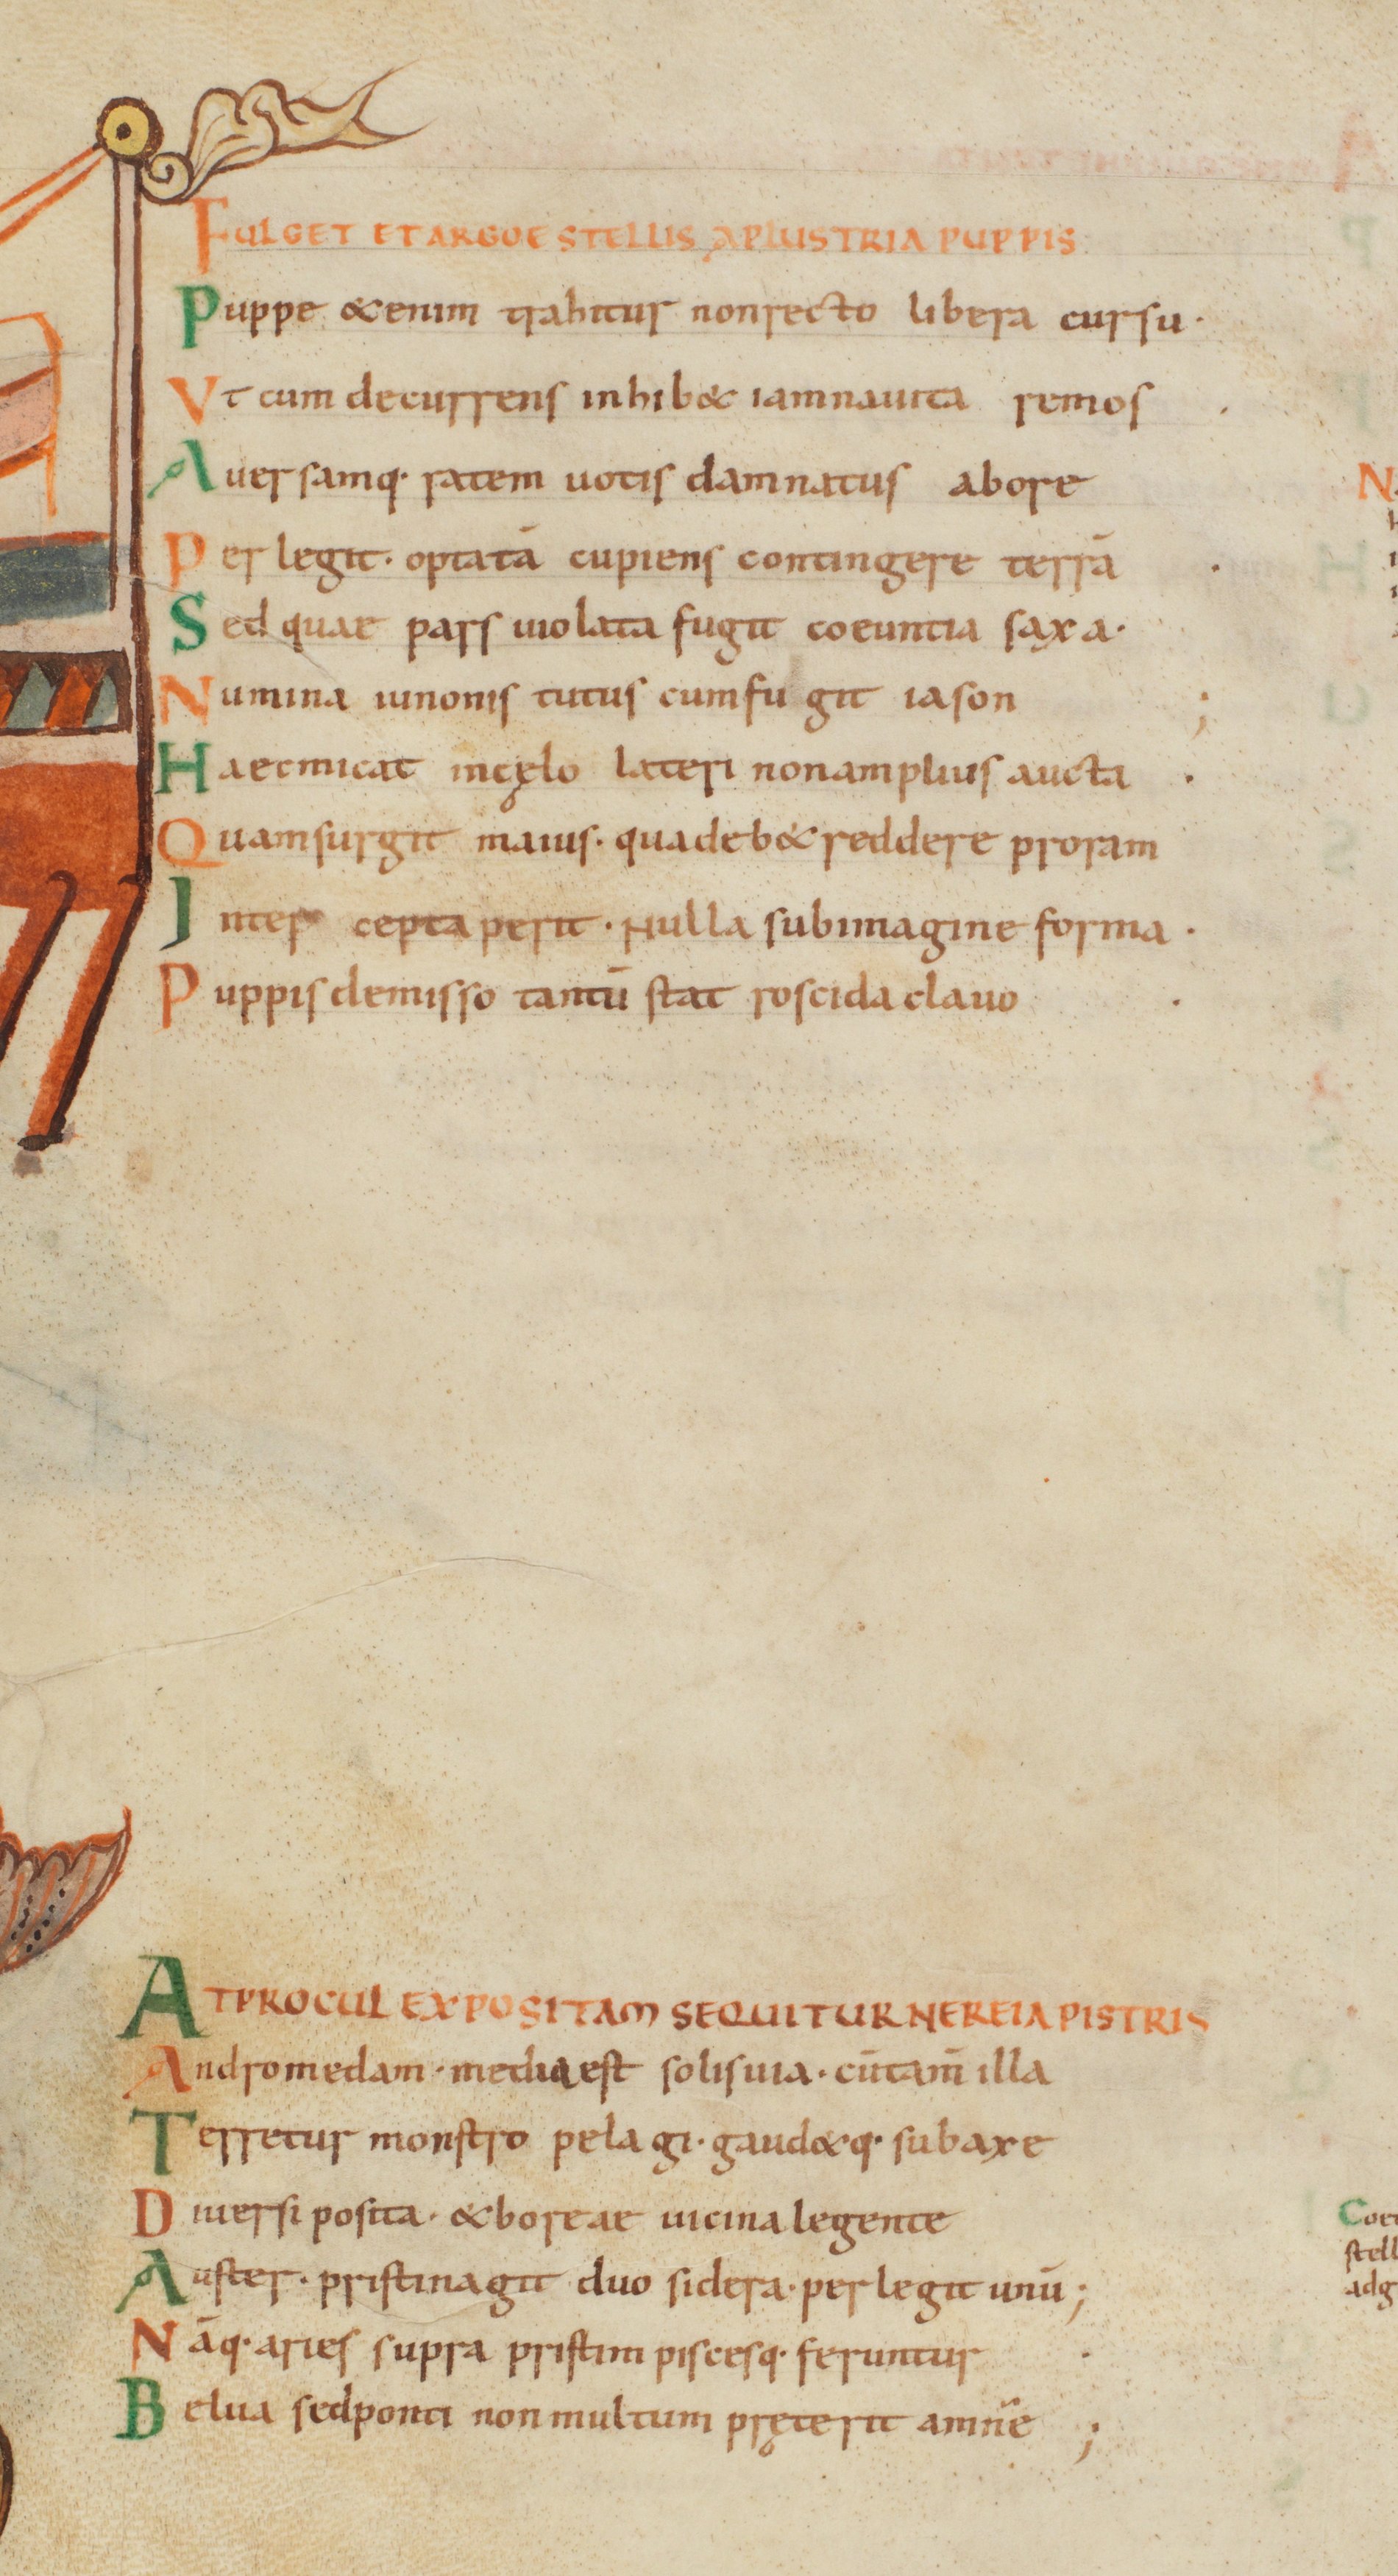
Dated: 1000–1028